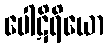
ပေါဋိရိယော